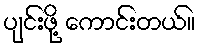
ပျင်းဖို့ ကောင်းတယ်။